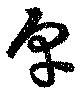
享